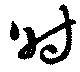
時